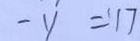
- y = 1 7